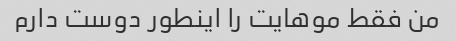
من فقط موهایت را اینطور دوست دارم